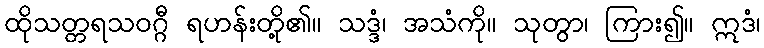
ထိုသတ္တရသဝဂ္ဂီ ရဟန်းတို့၏။ သဒ္ဒံ၊ အသံကို။ သုတွာ၊ ကြား၍။ ဣဒံ၊